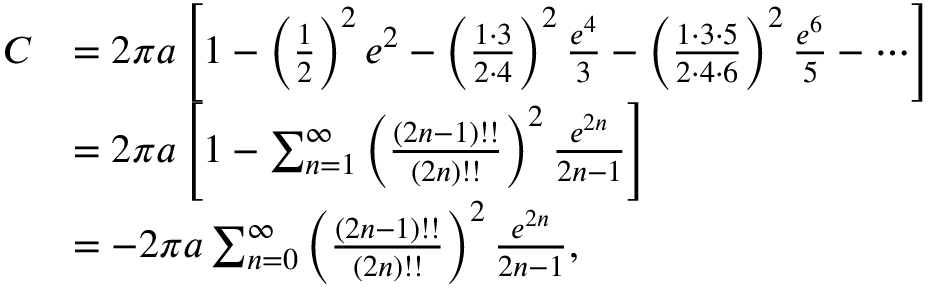
{ \begin{array} { r l } { C } & { = 2 \pi a \left[ { 1 - \left( { \frac { 1 } { 2 } } \right) ^ { 2 } e ^ { 2 } - \left( { \frac { 1 \cdot 3 } { 2 \cdot 4 } } \right) ^ { 2 } { \frac { e ^ { 4 } } { 3 } } - \left( { \frac { 1 \cdot 3 \cdot 5 } { 2 \cdot 4 \cdot 6 } } \right) ^ { 2 } { \frac { e ^ { 6 } } { 5 } } - \cdots } \right] } \\ & { = 2 \pi a \left[ 1 - \sum _ { n = 1 } ^ { \infty } \left( { \frac { ( 2 n - 1 ) ! ! } { ( 2 n ) ! ! } } \right) ^ { 2 } { \frac { e ^ { 2 n } } { 2 n - 1 } } \right] } \\ & { = - 2 \pi a \sum _ { n = 0 } ^ { \infty } \left( { \frac { ( 2 n - 1 ) ! ! } { ( 2 n ) ! ! } } \right) ^ { 2 } { \frac { e ^ { 2 n } } { 2 n - 1 } } , } \end{array} }